King Institute of Preventive Medicine Micro-Biological Section reports 1909-11
Year: 1909
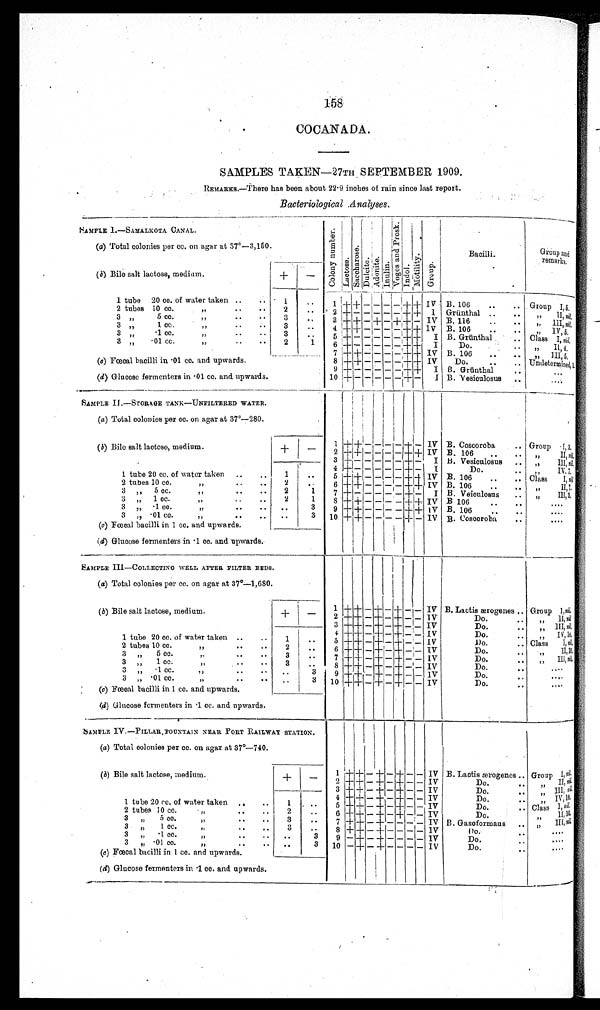
158
COCANADA.
SAMPLES TAKEN—27TH SEPTEMBER 1909.
REMARKS.—There has been about 22.9 inches of rain since last report.
Bacteriological Analyses.
SAMPLE I.—SAMALKOTA CANAL .
C o l o n y n u m b e r .
L a c t o s e .
S a c c h a r o s e .
D u l c i t e . A d o n i t e .
I n u l i n .
V o g e s a n d P r o s k .
I n d o l . M o t i l i t y . Group.
Bacilli.
Group and
remarks.
(a) Total colonies per cc. on agar at 37°—3,150.
( b) Bile salt lactose, medium.
+
-
1 tube 20 cc. of water taken .. ..
1
..
1 + +
_
_ _ _ +
+ IV B. 106
..
.. Group I 5
2 tubes 10 cc. "
..
• •
2
..
2 + _ _ _ _ - + + I Grünthal ..
.. „ II, n i l .
3 " 5 cc. "
• •
• •
3
. .
3 + + _ + _ + + - IV B. 116
..
• •
,, III, nil.
3 " 1 cc. "
3
..
4 + + - - - - + +_ IV B. 106
..
..
" IV, 5.
3 „ .1 cc. "
• •
3
. .
5 + _ _ _ _ _ + + I B. Grünthal
Class I,
n i l .
3 „ .01 cc. "
• ••
2
1
6 + _ _ _ _ _ + +
I
Do.
.
• •
" I I , 4 .
7 + + _ - - - + + IV B. 106
..
• .
, , I I I 5 .
(c) Fœcal bacilli in .01 cc. and upwards.
8 + + _ _ - _ + + IV
Do.
..
U n d e t e r m i n e d , 1 .
9 + _ _ _ _ _ + + I B. Grünthal
..
...
(d) Glucose fermenters in .01 cc. and upwards.
10 + _ _ - - _ + - I B. Vesiculosus ..
SAMPLE II.—STORAGE TANK—UNFILTERED WATER.
(a) Total colonies per cc. on agar at 37°—280.
1 + + _ _ - - + - IV B. Coscoroba
.. Group I, 3.
( b) Bile salt lactose, medium.
+
-
2 + + -
_ - - + + IV B. 106
..
.. „ II, n i l .
3 + - - - - - + - I B. Vesiculosus
" III, nil.
4 + _ _ _ _ _ + - I
Do.
, , I V , 7 .
1 tube 20 cc. of water taken ..
.. 1
..
5 + + - - - - + + IV B. 106
.. Class I, nil
2 tubes 10 cc. "..
2
. .
6 + + - - - - + + IV B. 106
..
. .
„ II, 7.
3 " 5 cc. "..
..
2
–
7 +_ _ _ _ _ + _ I B. Veiculosus
.. „ III, 3.
3 „ 1 cc. „
..
..
2
8 + + — — — — + + IV B 106
.. ..
. . . .
3 „ .1 cc. "
..
.. ..
9 + + - _ - - + + IV B. 106
.. ..
. . . .
3 „ .01 cc. "
.. ..
. .
10 + + - - - - + - IV B. Coscoroba
.. ....
(c) Fœcal bacilli in 1 cc. and upwards.
(d) Glucose fermenters in .1 cc. and upwards.
SAMPLE III—COLLECTING WELL AFTER FILTER BEDS.
(a) Total colonies per cc. on agar at 37°—1,680.
1 + + - + - + _ - IV B. Lactis ærogenes
Group I nil.
( b) Bile salt lactose, medium.
+
_
2 + + _ + _ + _ _ IV
Do.
" II n i l
.
3 + + _
+
_ + _ _ IV
Do.
.. ,, III, nil
.
4 + + — + — + _ _ IV
Do.
" IV 10.
1 tube 20 cc. of water taken ..
..
1
. .
5 + + _ +
-
+ _ _ IV
Do. Class 1, n i l .
2 tubes 10 cc. „
2
. .
6
+ + _ +
-
+ _ _ IV
Do.
" I I , 1 0 .
3 „ 5 cc. ,,
..
3
..
7
+ + _
+
_ + _ _ IV
Do.
„ III n i l .
3 „ 1 cc. " ..
3
. .
8
+ + -
+ -
+ _
- IV
Do.
..
....
3 „ .1 cc. "
. .
3
9
+ + _ + -
+ _ _ IV
Do.
....
3 " .01 cc. ”
.. ..
..
3 10 + + - + - + - - IV
Do.
..
....
(c) Fœcal bacilli in 1 cc. and upwards.
(d) Glucose fermenters in .1 cc. and upwards.
SAMPLE IV.—PILLAR FOUNTAIN NEAR PORT RAILWAY STATION.
(a) Total colonies per cc. on agar at 37°—740.
( b) Bile salt lactose, medium.
1
+
+ - + - + - - IV B. Lactis ærogenes .. Group I, nil.
+
_
2 + + - + - + - - IV
Do.
..
" I I ,n i l .
3 + + - + - + - - IV
Do.
.. " III nil
.
4 + + - + - + - - IV
Do.
" IV, 10.
1 tube 20 cc. of water taken ..
1 ..
5 + + - + - + - - IV
Do.
..
I , n i l .
2 tubes 10 cc. "
• '
2
. .
6 + + - + - + - - IV
D o .
" II, 10.
3 „ 5 cc. " • •
3
. .
7 + + - + - - - _ IV B. Gasoformaus
" III, nil.
3 „ 1 cc. "• •
..
3
. .
8 + + _ + _ - - - IV
D o .
....
3 „ .1 cc. "
..
.. . .
3 9 - + - + - - - - IV
Do.
....
3 " .01 cc. " • •
..
3 10 _ + _ + _ - - - IV
Do.
....
(c) Fœcal bacilli in 1 cc. and upwards.
(d) Glucose fermenters in .1 cc. and upwards.